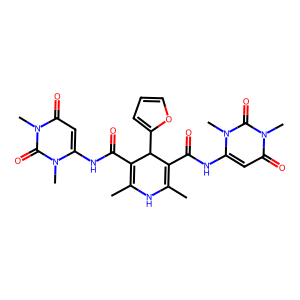
SMILES: CC1=C(C(=O)Nc2cc(=O)n(C)c(=O)n2C)C(c2ccco2)C(C(=O)Nc2cc(=O)n(C)c(=O)n2C)=C(C)N1
Inhibits HIV replication: No